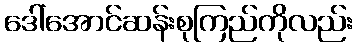
ဒေါ်အောင်ဆန်းစုကြည်ကိုလည်း